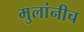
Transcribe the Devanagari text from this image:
मुलांनीच